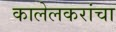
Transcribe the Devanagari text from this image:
कालेलकरांचा